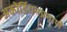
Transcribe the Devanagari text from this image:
अकोर्डियनप्रमाणे